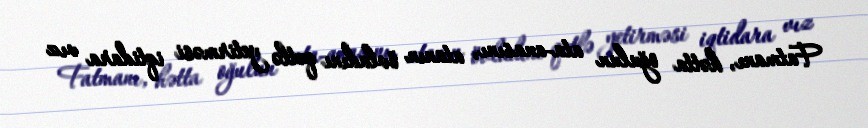
Fatmanı, hətta oğulun ata-anasını, atanın övladını qətlə yetirməsi iqtidara vız